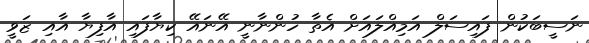
ނަސީބަކުން ފައިސަލް އަމިއްލައަށް އެތާ ހުންނާނީ އޭނައޭ ކިޔާފައި އާފިޔާ އާއި ޒަވީ